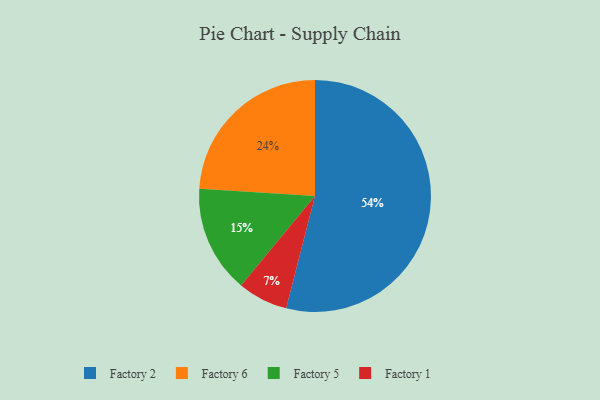
{"axis": {"x": "Category", "y": "Percentage"}, "legend": ["Factory 1", "Factory 2", "Factory 5", "Factory 6"], "data": [{"x": "Factory 2", "y": 54, "type": "Factory 2"}, {"x": "Factory 6", "y": 24, "type": "Factory 6"}, {"x": "Factory 5", "y": 15, "type": "Factory 5"}, {"x": "Factory 1", "y": 7, "type": "Factory 1"}]}